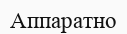
Аппаратно